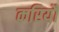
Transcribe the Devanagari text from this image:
करियौ